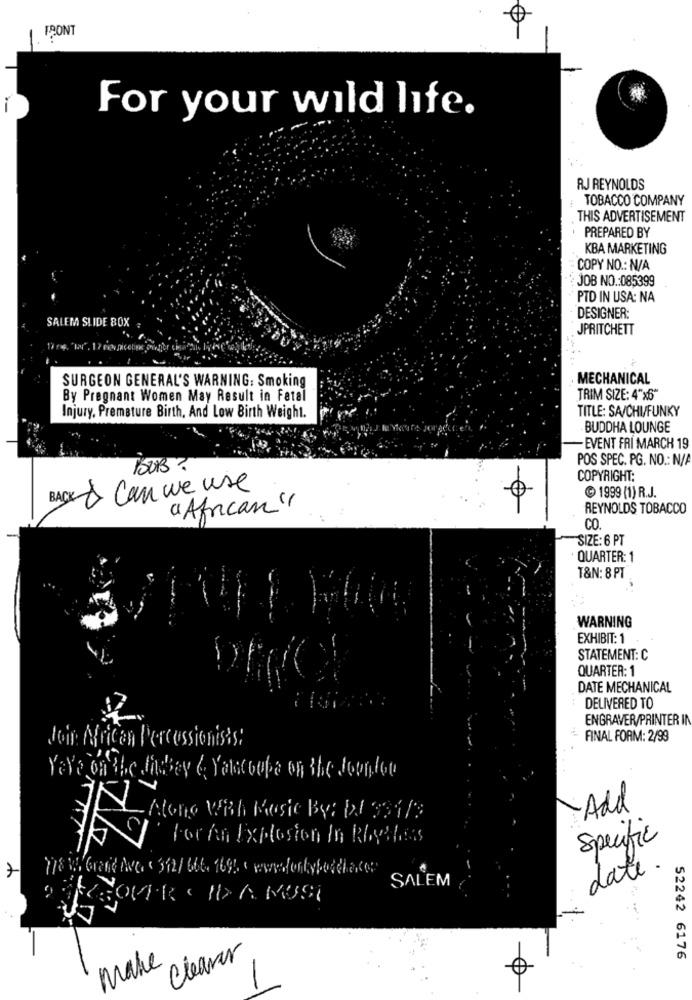
FRONT
For your wild life.
AJ REYNOLDS
TOBACCO COMPANY
THIS ADVERTISEMENT
PREPARED BY
KBA MARKETING
COPY NO .: N/A
JOB NO .: 085399
PTD IN USA: NA
SALEM SLIDE BOX :
DESIGNER:
JPRITCHETT
SURGEON GENERAL'S WARNING: Smoking
. MECHANICAL
By Pregnant Women May Result in Fatal
TRIM SIZE: 4"x6"
TITLE: SA/CHI/FUNKY
Injury, Premature Birth, And Low Birth Weight.
BUDDHA LOUNGE
- EVENT FRI MARCH 19
POS SPEC. PG. NO .: N/A
SUB ?
COPYRIGHT:
BACK & Can we use
1999 (1) R.J.
"African "
REYNOLDS TOBACCO
CO
SIZE: 6 PT
QUARTER: 1
T&N: 8 PT
WARNING
EXHIBIT: 1
STATEMENT: C
QUARTER: 1
DATE MECHANICAL
DELIVERED TO
ENGRAVER/PRINTER IN
Join Maicon Percussionists:
FINAL FORM: 2/99
Yaya on the thebey & Yalacoupe on the fountot
-Add
For An Explosion In Rhythess
Specific
7
date
SALEM
OFREOVER ONE A NOSSA
Cleaver
make
52242 6176